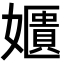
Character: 𡣓